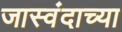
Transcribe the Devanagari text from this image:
जास्वंदाच्या